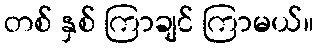
တစ် နှစ် ကြာချင် ကြာမယ်။